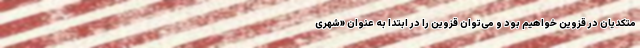
متکدیان در قزوین خواهیم بود و می‌توان قزوین را در ابتدا به عنوان «شهری